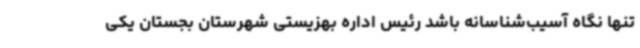
تنها نگاه آسیب‌شناسانه باشد رئیس اداره بهزیستی شهرستان بجستان یکی